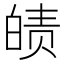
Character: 𤾀